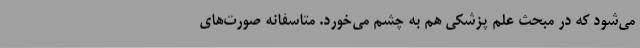
می‌شود که در مبحث علم پزشکی هم به چشم می‌خورد. متاسفانه صورت‌های